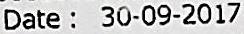
DATE : 30-09-2017